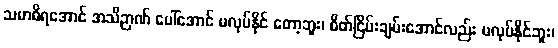
သမာဓိရအောင် အသိဉာဏ် ပေါ်အောင် မလုပ်နိုင် တော့ဘူး၊ စိတ်ငြိမ်းချမ်းအောင်လည်း မလုပ်နိုင်ဘူး၊